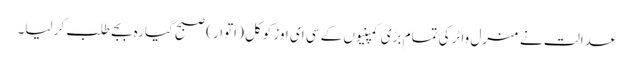
عدالت نے منرل واٹر کی تمام بڑی کمپنیوں کے سی ای اوز کوکل ( اتوار ) صبح گیارہ بجے طلب کر لیا۔